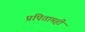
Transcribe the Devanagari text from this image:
प्रपितामही